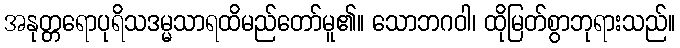
အနုတ္တရောပုရိသဒမ္မသာရထိမည်တော်မူ၏။ သောဘဂဝါ၊ ထိုမြတ်စွာဘုရားသည်။